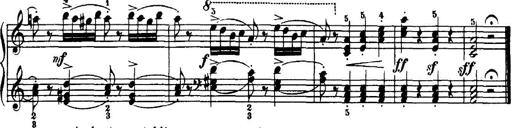
Title: 7 Sonatinas
Composer: Anton Diabelli